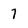
Character: 7